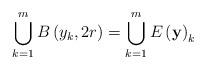
LaTeX: \begin{align*}\bigcup_{k=1}^{m}B\left( y_{k},2r\right) =\bigcup_{k=1}^{m}E\left( \mathbf{y}\right) _{k} \end{align*}